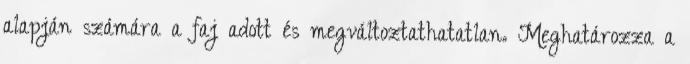
alapján számára a faj adott és megváltoztathatatlan. Meghatározza a